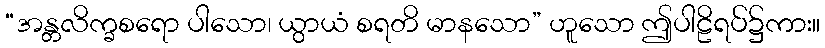
“အန္တလိက္ခစရော ပါသော၊ ယွာယံ စရတိ မာနသော” ဟူသော ဤပါဠိရပ်၌ကား။